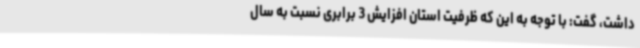
داشت، گفت: با توجه به این که ظرفیت استان افزایش 3 برابری نسبت به سال